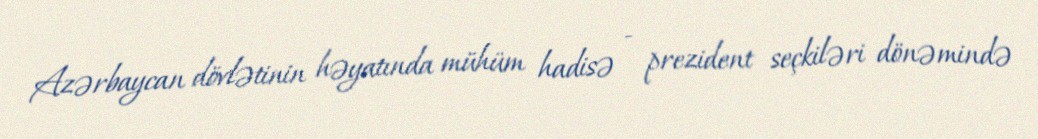
Azərbaycan dövlətinin həyatında mühüm hadisə - prezident seçkiləri dönəmində